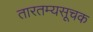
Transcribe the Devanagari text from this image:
तारतम्यसूचक